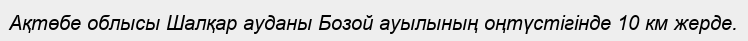
Ақтөбе облысы Шалқар ауданы Бозой ауылының оңтүстігінде 10 км жерде.